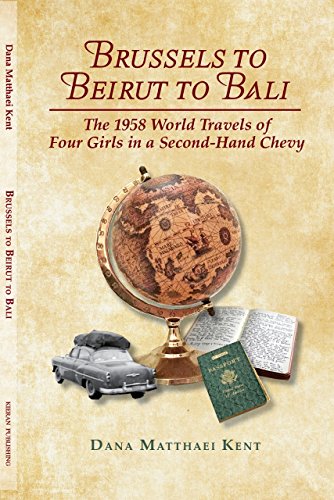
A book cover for Brussels to Beirut to Bali: The 1958 World Travels of Four Girls in a Second-Hand Chevy; Dana Matthaei Kent; Travel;